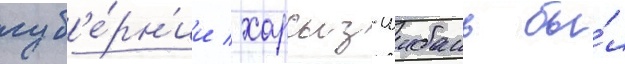
губ'е́рн'ии / харсыз-шибань бы́л